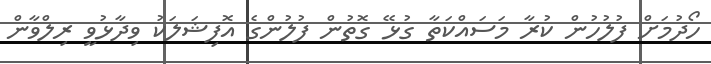
ހޯދުމަށް ފުލުހުން ކުރާ މަސައްކަތާ ގުޅޭ ގޮތުން ފުލުުންގެ އޮފިޝަލަކު ވިދާޅުވީ ރިލްވާން